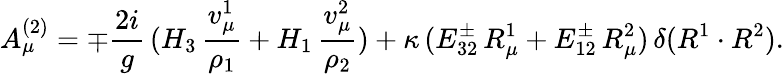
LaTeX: A_{\mu}^{(2)}=\mp{\frac{2i}{g}}\, (H_{3}\, {\frac{v_{\mu}^{1}}{\rho_{1}}}+H_{1}\, {\frac{v_{\mu}^{2}}{\rho_{2}}})+\kappa\, (E_{32}^{\pm}\, R_{\mu}^{1}+E_{12}^{\pm}\, R_{\mu}^{2})\, \delta(R^{1}\cdot R^{2}).